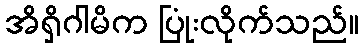
အိရှိဂါမိက ပြုံးလိုက်သည်။